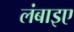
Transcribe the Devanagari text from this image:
लंबाइए